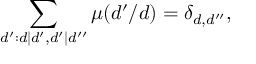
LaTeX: \sum _ { d ^ { \prime } : d | d ^ { \prime } , d ^ { \prime } | d ^ { \prime \prime } } \mu ( d ^ { \prime } / d ) = \delta _ { d , d ^ { \prime \prime } } ,